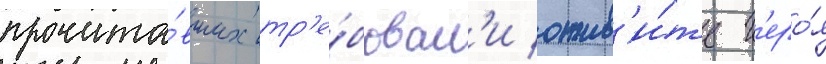
прочита́вших тр'е́бовал'и ожив'и́ть г'еро́я